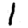
Digit: 1